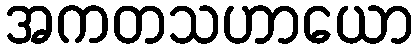
အကတသဟာယော